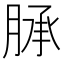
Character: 𦜎